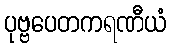
ပုဗ္ဗပေတကရဏီယံ